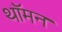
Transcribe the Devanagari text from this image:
थॉमन